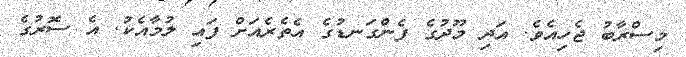
މިސްރާބު ޖެހިއެވެ. އަދި މޫދުގެ ފެންގަނޑުގެ އެތެރެއަށް ފައި ލުމާއެކު